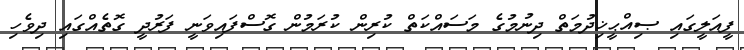
ފީއަލީގައި ޞިއްޙީޚިދުމަތް ދިނުމުގެ މަސައްކަތް ކުރިން ކުރަމުން ގޮސްފައިވަނީ ފަރުދީ ގޮތެއްގައި ދިވެހި